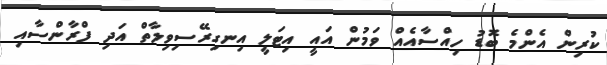
ކުރިން އެންމެ ބޮޑު ހިއްސާއެއް ވަމުން އައީ އިޓަލީ އިނގިރޭސިވިލާތް އަދި ފްރާންސާއި